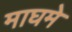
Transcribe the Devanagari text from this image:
माघमे